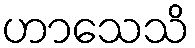
ဟာသေသိ